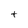
Character: t